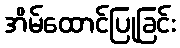
အိမ်ထောင်ပြုခြင်း